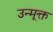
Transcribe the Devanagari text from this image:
उन्मूक्त